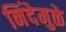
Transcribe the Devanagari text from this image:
निंदेमुळे